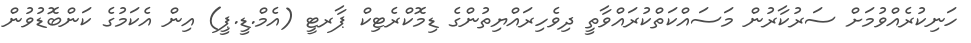
ހަނިކުރެއްވުމަށް ސަރުކާރުން މަސައްކަތްކުރައްވާތީ ދިވެހިރައްޔިތުންގެ ޑިމޮކްރެޓިކް ޕާރޓީ (އެމް.ޑީ.ޕީ) އިން އެކަމުގެ ކަންބޮޑުވުން